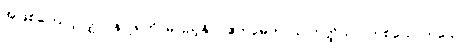
အဖြစ်ကြောင့်လျှင်။ န ပူရတိ၊ မပြည့်နိုင်။ ဧကမေကာယ ဣတ္ထိယာ၊ တစ်ယောက်သော